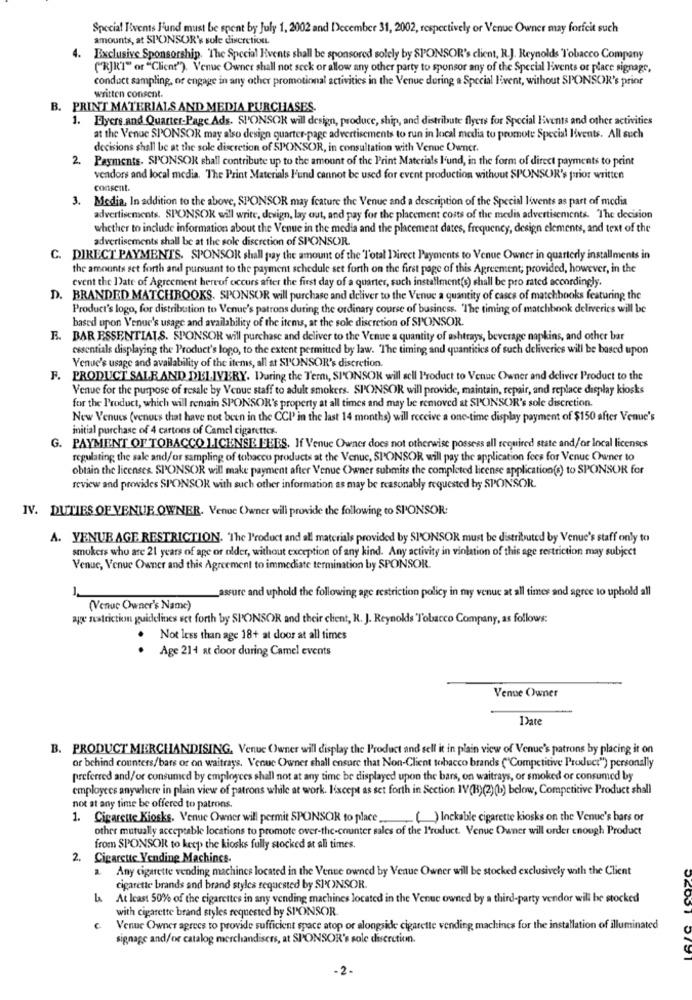
Special Events J'und must be spent by July 1, 2002 and December 31, 2002, respectively or Venue Owner may forfeit such
amounts, at SPONSOR's sole discretion.
4.
Exclusive Sponsorship. The Special Events shall be sponsored solely by SPONSOR's client, R.J. Reynolds Tobacco Company
("RJK'T" or "Client"). Venue Owner shall not seck or allow any other party to sponsor any of the Special livents or place signage,
conduct sampling, or engage in any other promotional activities in the Venue during a Special Event, without SPONSOR's prior
written consent.
B. PRINT MATERIALS AND MEDIA PURCHASES.
1. Flyers and Quarter-Page Ads. SPONSOR will design, produce, ship, and distribute flyers for Special Events and other activities
at the Venue SPONSOR may also design quarter-page advertisements to run in local media tu peumote Special Iivents. All such
decisions shall be at the sole discretion of SPONSOR, in consultation with Venue Owner.
2
Payments. SPONSOR shall contribute up to the amount of the Print Materials l'und, in the form of direct payments to print
vendors and local media. The Print Materials F'und cannot be used for event production without SPONSOR's prior written
consent.
3.
Media, In addition to the above, SPONSOR may feature the Venue and a description of the Special I'vents as part of media
advertisements. SPONSOR will write, design, lay out, and pay for the placement costs of the medis advertisements. The decision
whether to include information about the Venue in the media and the placement dates, frequency, design elements, and text of the
advertisements shall be at the sole discretion of SPONSOR.
C. DIRECT PAYMENTS. SPONSOR shall pay the amount of the Total Direct Payments to Venue Owner in quarterly installments in
the amounts set forth and pursuant to the payment schedule set forth on the first page of this Agreement; provided, however, in the
event the Date of Agreement hereof occurs after the first day of a quarter, such installment(s) shall be pro rated accordingly.
D. BRANDED MATCHBOOKS. SPONSOR will purchase and deliver to the Venue a quantity of cases of matchbooks featuring the
Product's logo, for distribution to Venue's patrons during the ordinary course of business. "The timing of matchbook deliveries will be
based upon Venue's usage and availability of the items, at the sole discretion of SPONSOR.
B. BAR ESSENTIALS. SPONSOR will purchase and deliver to the Venue a quantity of ashtrays, beverage napkins, and other bar
essentials displaying the Product's logo, to the extent permitted by law. "The timing and quantities of such deliveries will be based upon
Venue's usage and availability of the items, all at SPONSOR's discretion.
F. PRODUCT SALEAND DELIVERY. During the Term, SPONSOR will sell Product to Venue Owner and deliver Product to the
Venue for the purpose of resale by Venue staff to adult smokers. SPONSOR will provide, maintain, repair, and replace display kiosks
for the Product, which will remain SPONSOR's property at all times and may be removed at SPONSOR's sole discretion.
New Venues (venues that have not been in the CCI in the last 14 months) will receive a one-time display payment of $150 after Venue's
initial purchase of 4 cartons of Camel cigarettes.
G. PAYMENT OF TOBACCO LICENSEIEEES. If Venue Owner does not otherwise possess all required state and/or local licenses
regulating the sale and/or sampling of tobacco products at the Venue, SPONSOR will pay the application fees for Venue Owner to
obtain the licenses. SPONSOR will make payment after Venue Owner submits the completed license application(s) to SPONSOR for
review and provides SPONSOR with such other information as may be reasonably requested by SPONSOR.
IV. DUTIES OF VENUE OWNER. Venue Owner will provide the following to SPONSOR:
A. YENUE AGE RESTRICTION. "The l'roduct and all materials provided by SPONSOR must be distributed by Venue's staff only to
smokers who are 21 years of age of older, without exception of any kind. Any activity in violation of this age restriction may subject
Venue, Venue Owner and this Agreement to immediate termination by SPONSOR.
_assure and uphold the following age restriction policy in my venue at all times and agree to uphold all
(Venue Owner's Name)
age nustriction guidelines set forth by SPONSOR and their client, R. J. Reynolds Tobacco Company, as follows:
Not less than age 18+ at door at all times
Age 214 at door during Camel events
Venue Owner
Date
B. PRODUCT MERCHANDISING, Venue Owner will display the Product and sell it in plain view of Venue's patrons by placing it on
or behind counters/bars or on waitrays. Venue Owner shall ensure that Non-Client tobacco brands ("Competitive Product") personally
preferred and/or consumed by employees shall not at any time be displayed upon the bars, on waitrays, or smoked or consumed by
employees anywhere in plain view of patrons while at work. lixcept as set forth in Section IV(H)(2)(b) below, Competitive Product shall
not at any time be offered to patrons.
1. Cigarette Kiosks. Venue Owner will permit SPONSOR to place.
( ) Inckable cigarette kiosks on the Venue's bars or
other mutually acceptable locations to promote over-the-counter sales of the Product. Venue Owner will order enough Product
from SPONSOR to keep the kiosks fully stocked at all times.
2.
Cigarsttc Vending Machines.
Any cigarette vending machines located in the Venue owned by Venue Owner will be stocked exclusively with the Client
cigarette brands and brand styles requested by SPONSOR.
At Icast 50% of the cigarettes in any vending machines located in the Venue owned by a third-party vendor will be stocked
with cigarette brand styles requested by SPONSOR.
Venue Owner agrees to provide sufficient space atop or alongside cigarette vending machines for the installation of illuminated
signage and/or catalog merchandisers, at SPONSOR's sole discretion.
-2.